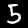
Label: 5